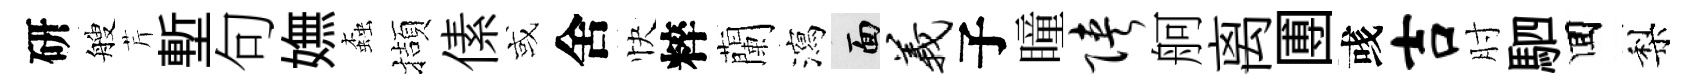
研艘芹塹句嫵螙擷傃或舍快粹蘭瀉面义子瞳陕舸离圑彧吉肘駟囬梨